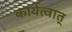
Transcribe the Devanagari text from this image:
कार्यत्वात्